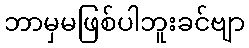
ဘာမှမဖြစ်ပါဘူးခင်ဗျာ